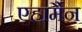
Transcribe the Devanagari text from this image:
एहार्मैन